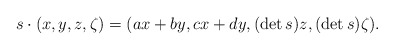
\begin{align*}s\cdot (x,y,z,\zeta)=(ax+by,cx+dy,(\det s)z,(\det s)\zeta).\end{align*}